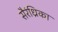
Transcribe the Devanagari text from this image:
सैरंध्रिका